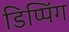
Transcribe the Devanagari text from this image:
डिप्पिंग